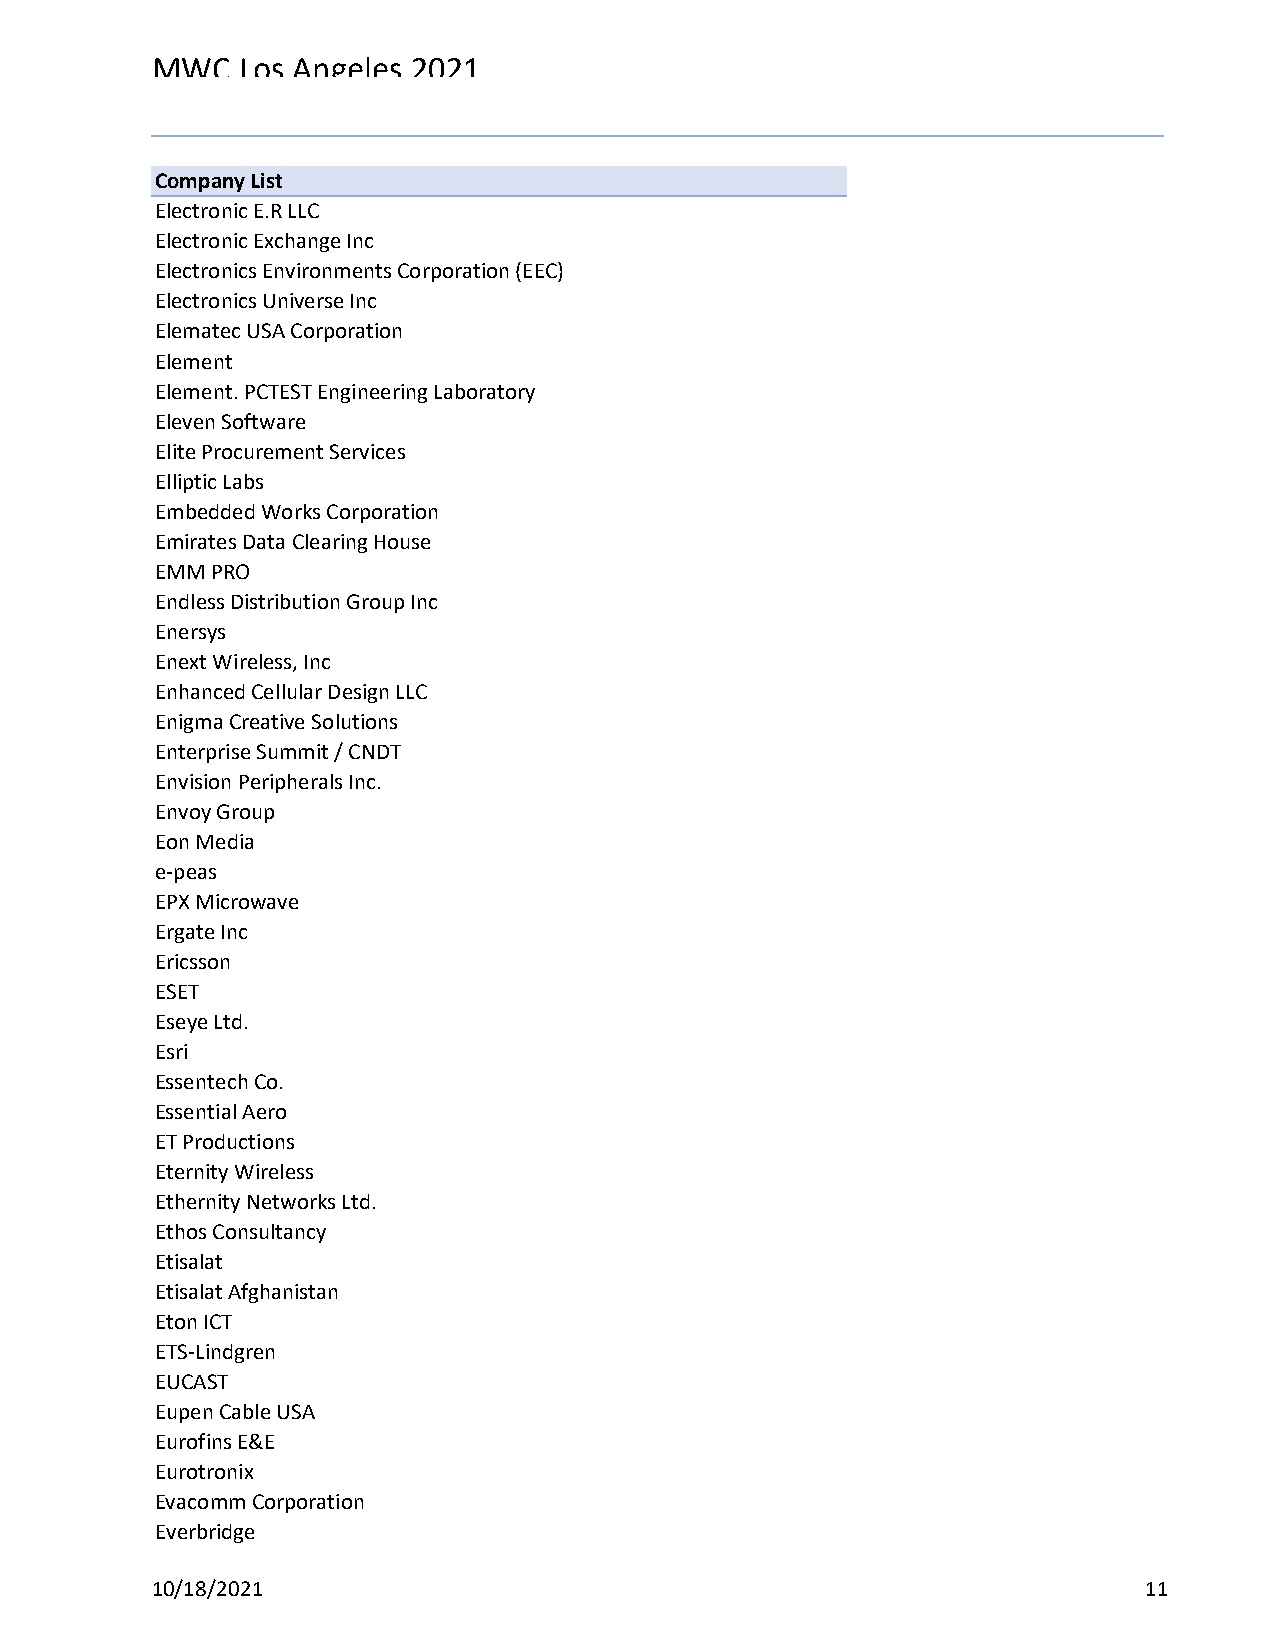
MWC   Los Angeles 2021
 Reg Status                                    Registration Complete
 Code Description                              (Multiple Items)
 Company List
 Electronic E.R LLC
 Electronic Exchange Inc
 Electronics Environments Corporation (EEC)
 Electronics Universe Inc
 Elematec USA Corporation
 Element
 Element. PCTEST Engineering Laboratory
 Eleven Software
 Elite Procurement Services
 Elliptic Labs
 Embedded Works Corporation
 Emirates Data Clearing House
 EMM PRO
 Endless Distribution Group Inc
 Enersys
 Enext Wireless, Inc
 Enhanced Cellular Design LLC
 Enigma Creative Solutions
 Enterprise Summit / CNDT
 Envision Peripherals Inc.
 Envoy Group
 Eon Media
 e-peas
 EPX Microwave
 Ergate Inc
 Ericsson
 ESET
 Eseye Ltd.
 Esri
 Essentech Co.
 Essential Aero
 ET Productions
 Eternity Wireless
 Ethernity Networks Ltd.
 Ethos Consultancy
 Etisalat
 Etisalat Afghanistan
 Eton ICT
 ETS-Lindgren
 EUCAST
 Eupen Cable USA
 Eurofins E&E
 Eurotronix
 Evacomm Corporation
 Everbridge
 10/18/2021                                                        11